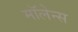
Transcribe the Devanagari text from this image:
मॉलेन्स